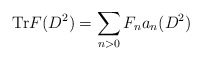
\begin{align*}\mathrm{Tr}F(D^{2})=\displaystyle\sum\limits_{n>0}F_{n}a_{n}(D^{2})\end{align*}